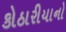
કોઠારીયાનો